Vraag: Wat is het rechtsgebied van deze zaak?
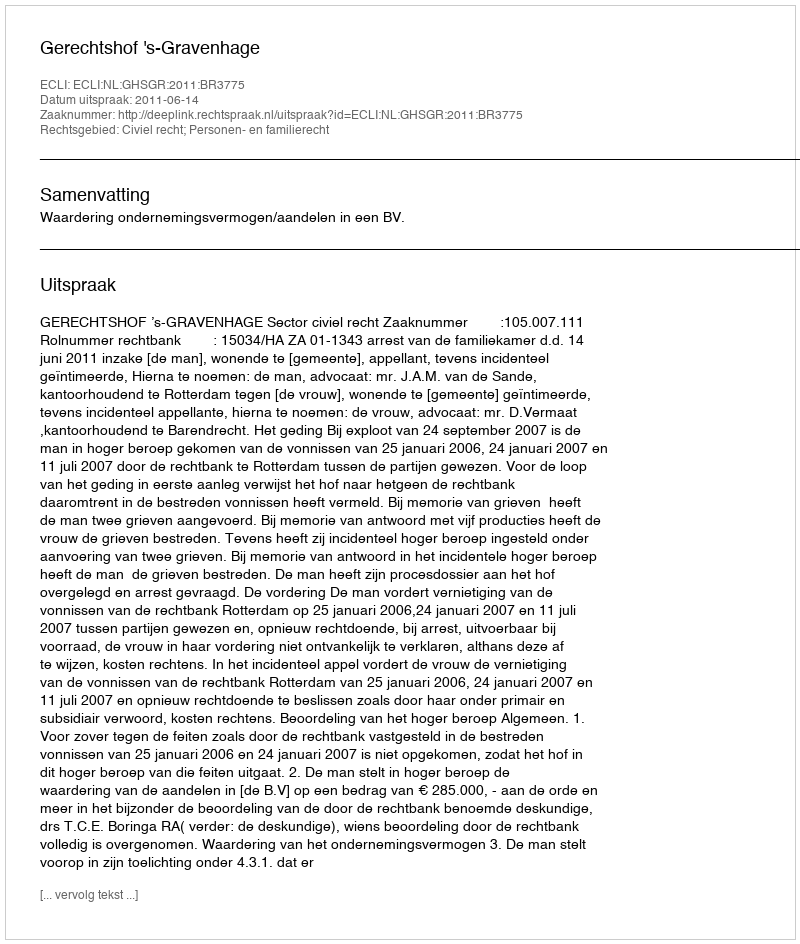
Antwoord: Civiel recht; Personen- en familierecht